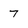
Character: 7